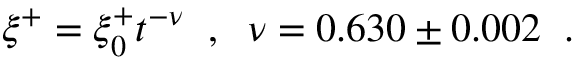
\xi ^ { + } = \xi _ { 0 } ^ { + } t ^ { - \nu } \; \; , \; \; \nu = 0 . 6 3 0 \pm 0 . 0 0 2 \; \; .